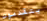
يتقدمون